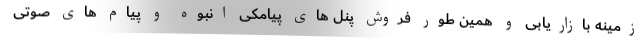
زمینه بازاریابی و همین طور فروش پنل های پیامکی انبوه و پیام های صوتی